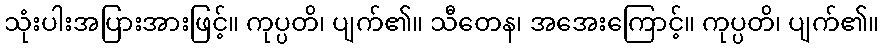
သုံးပါးအပြားအားဖြင့်။ ကုပ္ပတိ၊ ပျက်၏။ သီတေန၊ အအေးကြောင့်။ ကုပ္ပတိ၊ ပျက်၏။